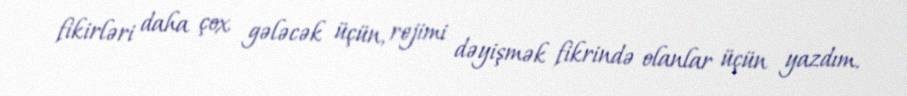
fikirləri daha çox gələcək üçün, rejimi dəyişmək fikrində olanlar üçün yazdım.